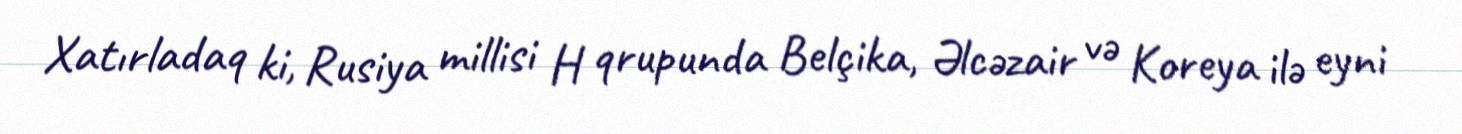
Xatırladaq ki, Rusiya millisi H qrupunda Belçika, Əlcəzair və Koreya ilə eyni